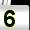
Digit: 5